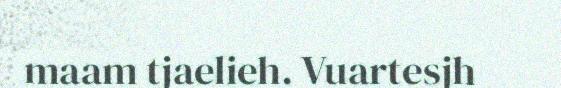
maam tjaelieh. Vuartesjh